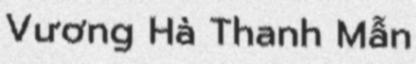
Vương Hà Thanh Mẫn